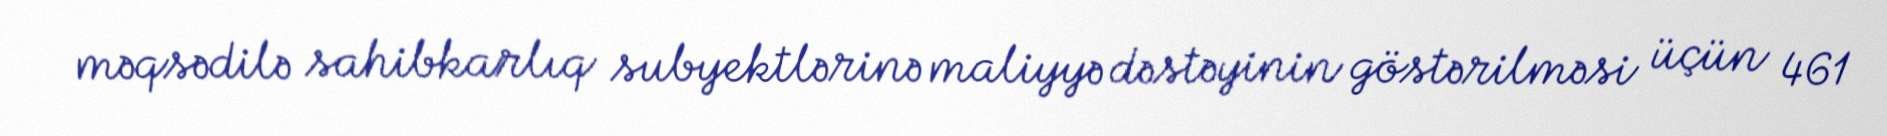
məqsədilə sahibkarlıq subyektlərinə maliyyə dəstəyinin göstərilməsi üçün 461